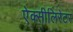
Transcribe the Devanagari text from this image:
ऐक्सीलिरेटर